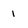
Character: 1